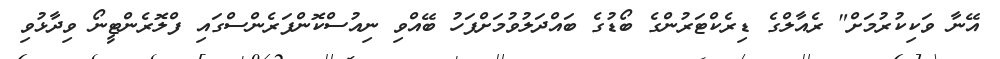
އޭނާ ވަކިކުރުމަށް" ރެއާލްގެ ޑިރެކްޓަރުންގެ ބޯޑުގެ ބައްދަލުވުމަށްފަހު ބޭއްވި ނިއުސްކޮންފަރެންސްގައި ފްލޮރެންޓީނޯ ވިދާޅުވި